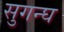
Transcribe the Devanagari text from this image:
सुगन्घ